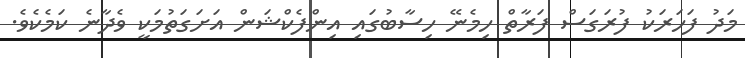
މަދު ފަހަރަކު ފުރަގަސް ފަރާތް ހިމެނޭ ހިސާބުގައި އިންފެކްޝަން އަށަގަތުމަކީ ވެދާނެ ކަމެކެވެ.